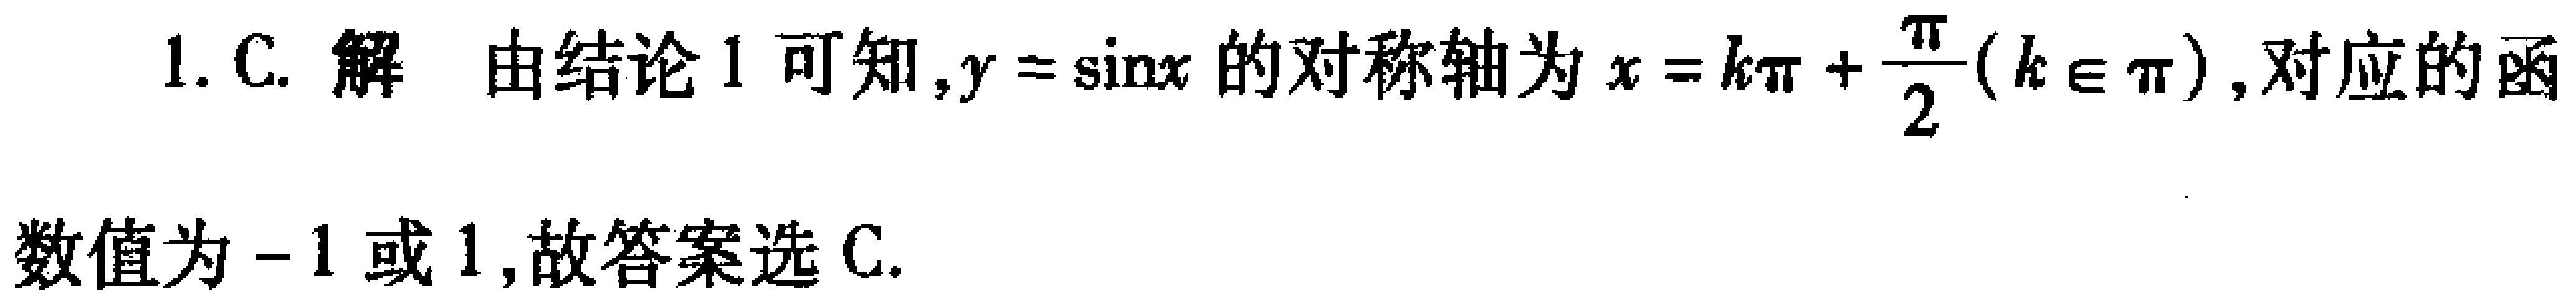
1. C. 解 由结论1可知,$y = \sin x$的对称轴为$x = k\pi+\frac{\pi}{2}(k\in \mathbb{Z})$,对应的函数值为$-1$或$1$,故答案选C.